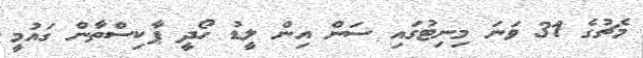
މެޗުގެ 31 ވަނަ މިނިޓުގައި ސަން އިން ލީޑު ހޯދީ ޕާކިސްތާން ގައުމީ